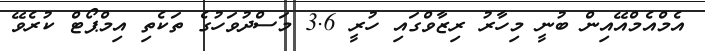
އެމްއެމްއޭއިން ބުނީ މިހާރު ރިޒާވްގައި ހުރީ 3.6 މަސްދުވަހުގެ ތަކެތި އިމްޕޯޓް ކުރެވޭ